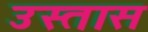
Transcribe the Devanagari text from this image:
उस्तास